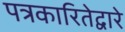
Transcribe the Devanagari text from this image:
पत्रकारितेद्वारे